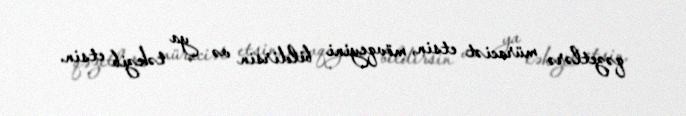
qəzetlərə müraciət etsin, mövqeyini bildirsin və ya təkzib etsin.